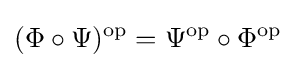
(\Phi \circ \Psi )^{\operatorname {op} }=\Psi ^{\operatorname {op} }\circ \Phi ^{\operatorname {op} }